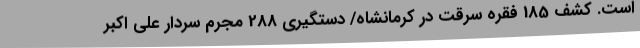
است. کشف 185 فقره سرقت در کرمانشاه/ دستگیری 288 مجرم سردار علی اکبر